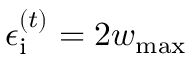
\epsilon _ { \mathrm { i } } ^ { ( t ) } = 2 w _ { \mathrm { m a x } }